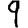
Digit: 9